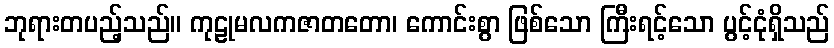
ဘုရားတပည့်သည်။ ကုဠုမလကဇာတတော၊ ကောင်းစွာ ဖြစ်သော ကြီးရင့်သော ပွင့်ငုံရှိသည်